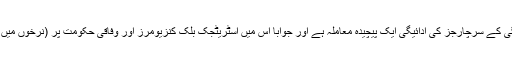
کے الیکٹرک نے یہ مو¿قف اختیار کیا کہ ایس ایس جی سی کو سود/تاخیر سے ادائیگی کے سرچارجز کی ادائیگی ایک پیچیدہ معاملہ ہے اور جواباً اس میں اسٹریٹجک بلک کنزیومرز اور وفاقی حکومت پر (نرخوں میں دی جانے والی سبسڈی کی مد میں ) واجبات کی ادائیگی کو بھی اس میں شامل کردیا۔